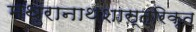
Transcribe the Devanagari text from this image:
मथुरानाथशास्त्रिकृत